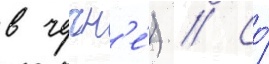
в чечн'е́) // Со́